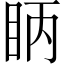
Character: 眪